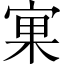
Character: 𱚉